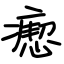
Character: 瘛